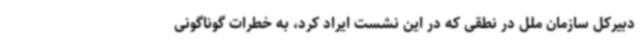
دبیرکل سازمان ملل در نطقی که در این نشست ایراد کرد، به خطرات گوناگونی